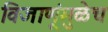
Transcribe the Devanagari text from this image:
विजाणूंमुळेच